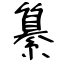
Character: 纂